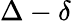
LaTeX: \Delta-\delta